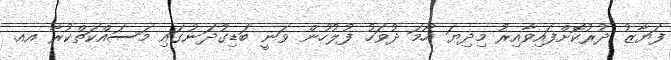
ފަޔާޒު ދުރުކޮށްފައިވާއިރު މިދިޔަ ހޯމަ ދުވަހު ފުލުހުން ވަނީ ބަޑިގުދަނުގައި މަސައްކަތްކުރާ އއ.